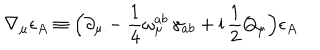
LaTeX: \nabla _ { \mu } \epsilon _ { A } \equiv \Bigl ( \partial _ { \mu } - \frac { 1 } { 4 } \omega _ { \mu } ^ { a b } \, \gamma _ { a b } + \mathrm { i } \, \frac { 1 } { 2 } Q _ { \mu } \Bigr ) \epsilon _ { A }